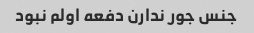
جنس جور ندارن دفعه اولم نبود